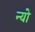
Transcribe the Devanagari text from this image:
न्यो